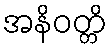
အနိဝတ္တိ